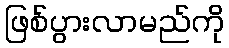
ဖြစ်ပွားလာမည်ကို